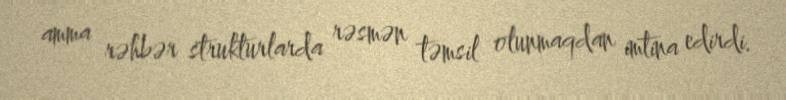
amma rəhbər strukturlarda rəsmən təmsil olunmaqdan imtina edirdi.